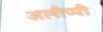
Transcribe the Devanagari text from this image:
अलीप्पी